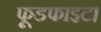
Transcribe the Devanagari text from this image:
फूडफाइट।